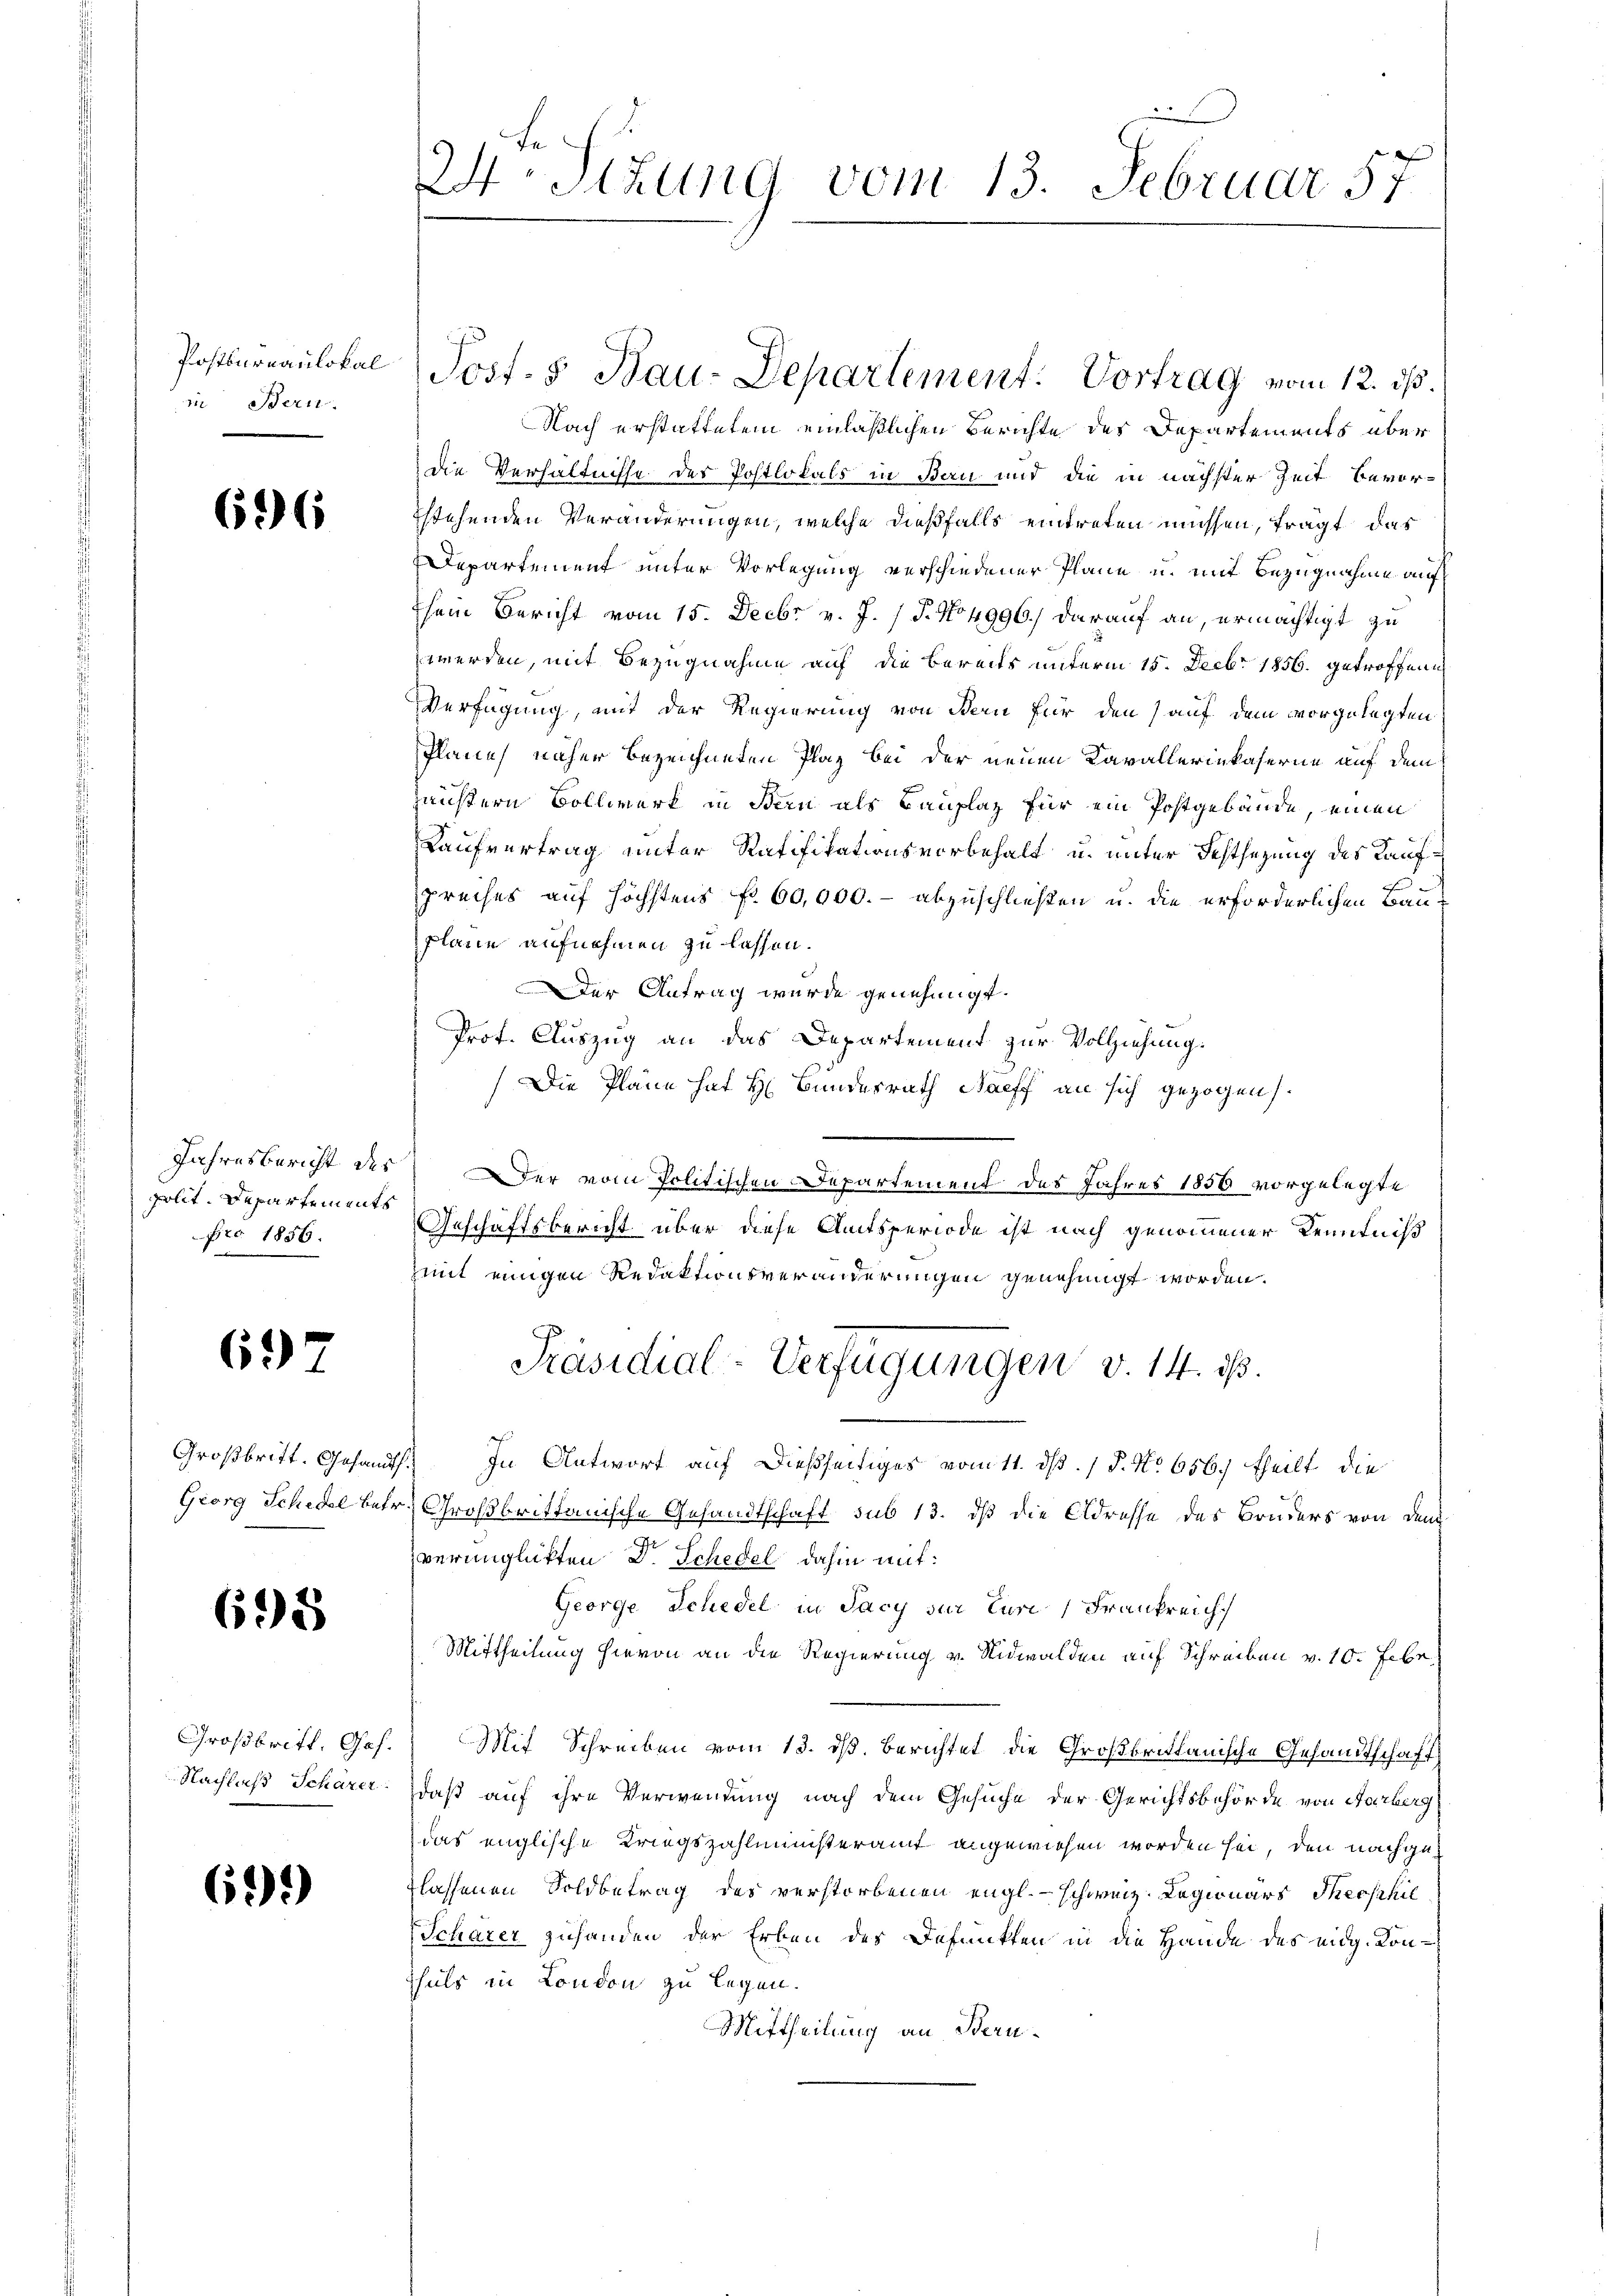
Postbureaulokal
in Bern.

696

Jahresbericht des
polit. Departements
Fro 1856.

697

Großbritt. Gesandt
Georg Schiel betr.

698

Großbritt. Ges.
Nachlaß Schärer

639)

24. Sitzung vom 13. Februar 57

Nach erstattetem einläßlichen Berichte des Departements über
die Verhältnisse des Postlokals in Bau und die in nächster Zeit bevorstehenden Veränderungen, welche dießfalls eintreten müssen, fragt, das
Departement unter Vorlegung verschiedener Pläne u. mit Bezugnahme auf
sein Bericht vom 15. Decbr v. J. (T. No 4996.) darauf an, ermächtigt zu
werden, mit Bezugnahme auf die bereits unterm 15. Decbr 1856. getroffene
Verfügung, mit der Regierung von Bern für den auf dem vorgelegten
Planes näher bezeichneten Plaz bei der neuen Kavalleriekaserne auf dem
äustern Bollwerk in Bern als Bauplaz für ein Postgebäude, einen
Kaufvertrag unter Ratifikationsvorbehalt u. unter Festsezung des Kaufpreises auf höchstens fr. 60,000.- abzuschließen u. die erforderlichen Bauplane aufnehmen zu lassen.
Der Antrag wurde genehmigt.
Prot. Auszug an das Departement zur Vollziehung.
Die Pläne hat H. Bundesrath Harff an sich gezogen.
Der vom Politischen Departement des Jahres 1856 vorgelegte
Geschäftsbericht über diese Amtsperiode ist nach genommener Kenntniß
mit einigen Redaktionsveränderungen genehmigt worden.
Präsidial-Verfügungen v. 14. 16.
In Antwort auf dießseitiges vom 11. ds. / P. Nr. 656. theilt die
Großbrittanische Gesandtschaft sub 13. dß die Adresse des Bruders von den
verunglickten Dr. Schedel dahin mit:
George Schedel in Sacy sur turi, Frankreich
Mittheilung hievon an die Regierung u. Nidwalden auf Schreiben v. 10. Febr.
Mit Schreiben vom 13. dß. Berichtet die Großbritanische Gesandtschaft
daß auf ihre Verwendung nach dem Gesuche der Gerichtsbehörde von Aarberg
das englische Kriegszahlministeramt angewiesen worden sei, den nachgelassenen Soldbetrag des verstorbenen engl. schweiz. Legionars Theophie
Scharer Zuhanden der Erben des Defunkten in die Hande des eidg. Konhals in London zu legen.
Mittheilung an Beru¬

Post. 8 Bau-Departement: Vortrag vom 12. ds.